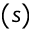
( s )